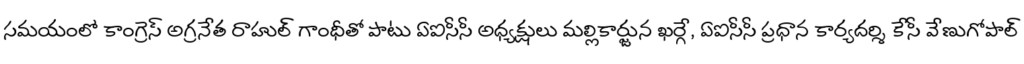
సమయంలో కాంగ్రెస్ అగ్రనేత రాహుల్ గాంధీతో పాటు ఏఐసీసీ అధ్యక్షులు మల్లికార్జున ఖర్గే, ఏఐసీసీ ప్రధాన కార్యదర్శి కేసీ వేణుగోపాల్